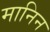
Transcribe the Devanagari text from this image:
मानिन